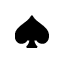
\spadesuit